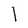
Character: 1